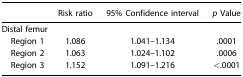
<table><thead><tr><td></td><td><b>Risk ratio</b></td><td><b>95% Confidence interval</b></td><td><b><i>p</i> Value</b></td></tr></thead><tbody><tr><td colspan="4">Distal femur</td></tr><tr><td> Region 1</td><td>1.086</td><td>1.041–1.134</td><td>.0001</td></tr><tr><td> Region 2</td><td>1.063</td><td>1.024–1.102</td><td>.0006</td></tr><tr><td> Region 3</td><td>1.152</td><td>1.091–1.216</td><td>&lt;.0001</td></tr></tbody></table>